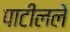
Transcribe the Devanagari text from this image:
पाटीलले